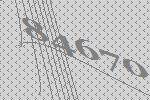
84670